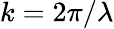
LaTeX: k=2\pi/\lambda